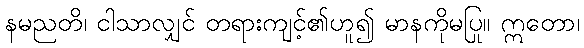
နမညတိ၊ ငါသာလျှင် တရားကျင့်၏ဟူ၍ မာနကိုမပြု။ ဣတော၊